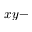
x y -